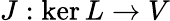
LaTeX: J:\ker L\to V